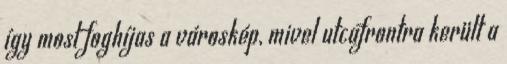
így most foghíjas a városkép, mivel utcafrontra került a